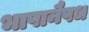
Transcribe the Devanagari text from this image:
भाषानैषध